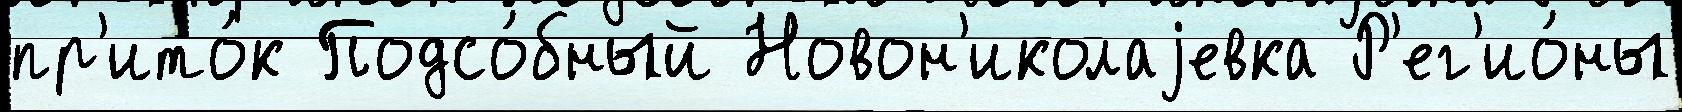
пр'ито́к Подсо́бный Новон'иколаjевка Р'ег'ио́ны